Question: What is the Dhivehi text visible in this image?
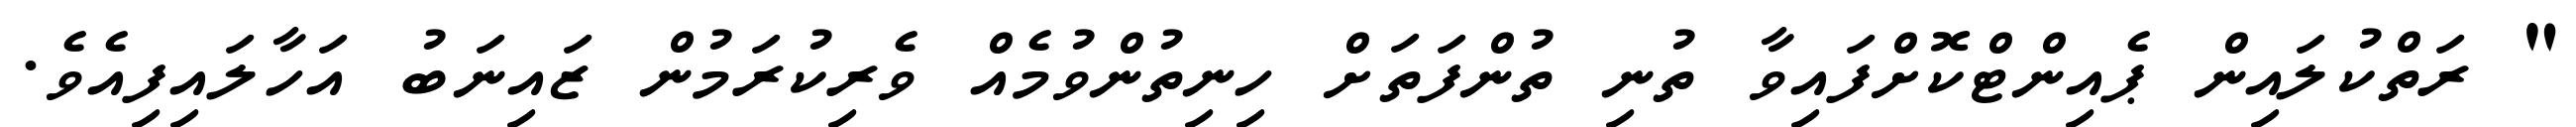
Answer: " ރަތްކުލައިން ޕެއިންޓްކޮށްފައިވާ ތުނި ތުންފަތަށް ހިނިތުންވުމެއް ވެރިކުރަމުން ޒައިނަބު އަހާލައިފިއެވެ.